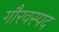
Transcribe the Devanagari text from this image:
गौरवस्पद